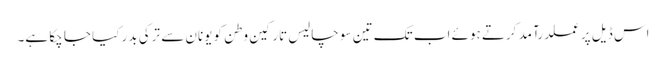
اس ڈیل پر عملدرآمد کرتے ہوئے اب تک تین سو چالیس تارکین وطن کو یونان سے ترکی بدر کیا جا چکا ہے۔